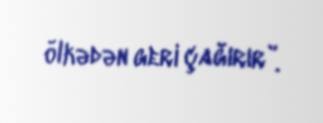
ölkədən geri çağırır”.